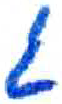
אות: ג